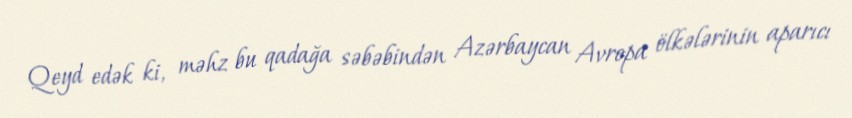
Qeyd edək ki, məhz bu qadağa səbəbindən Azərbaycan Avropa ölkələrinin aparıcı